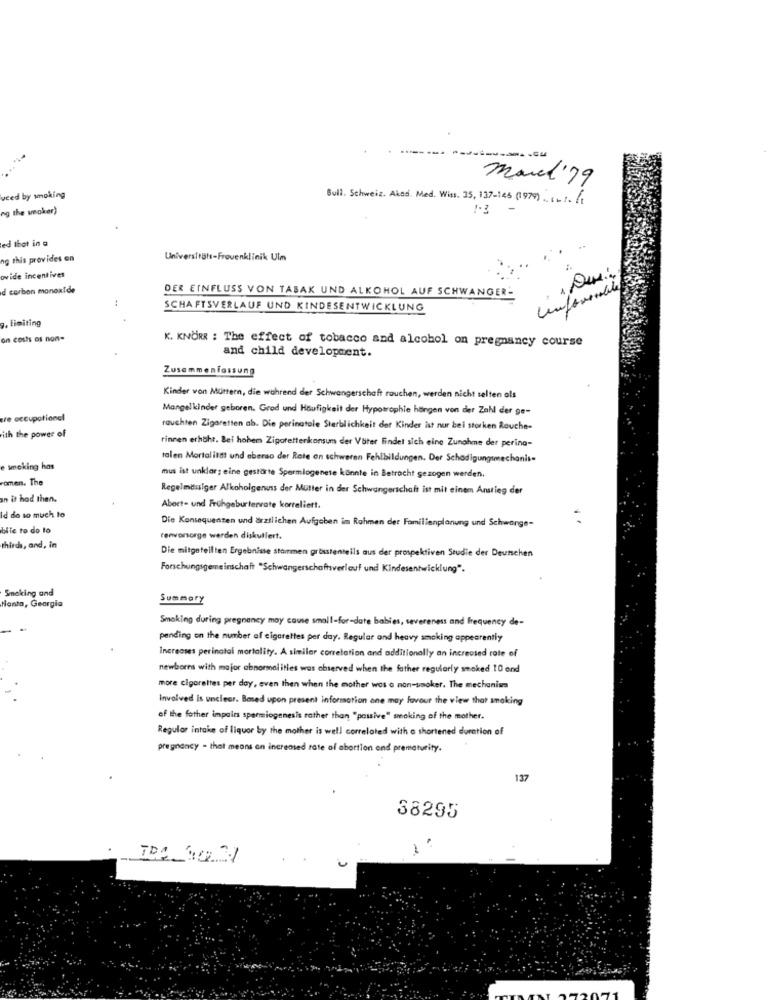
march'79
veed by wnoking
Bull. Schweiz. Akad. Med. Wiss. 35, 137-ies (1979) .. ...
ng the snoker)
1-3
-
ed that in a
ng this provides on
Universitäts-Frovenklinik Uim
ovide incentives
d carbon monoxide
DER EINFLUSS VON TABAK UND ALKOHOL AUF SCHWANGER-
unforenable
SCHAFTSVERLAUF UND KINDESENTWICKLUNG
9. limiting
on costs os non-
K. KNORR : The effect of tobacco and alcohol on pregnancy course
and child development.
Zusammenfassung
Kinder von Müttern, die während der Schwangerschaft rauchen, werden nicht selten als
Mangelkinder geboren. Grad und Häufigkeit der Hypotrophie hängen von der Zahl der ge-
ere occupational
rauchten Zigaretten ab. Die perinatale Sterblichkeit det Kinder ist nur bei storken Rouche-
ith the power of
rinnen erhöht. Bei hohem Zigarettenkonsum der Vater Findet sich eine Zunahme der perina-
talen Mortalitdt und aberso der Rate an schweren Fehlbildungen. Der Schadigungsmechanism
e smoking has
romen. The
mus ist unklar; eine gestärte Spermiogenete könnte in Betracht gezogen werden,
Regelmässiger Alkoholgenuss der Mutter in der Schwangerschaft ist mit einem Anstieg der
an it had then.
Abort- und Frühgeburterrate korreliert.
Id do so much to
Die Konsequenzen und ärztlichen Aufgaben im Rahmen der Familienplanung und Schwange-
bile to do lo
renvorsorge werden diskutiert.
thirds, and, in
Die mitgeteilten Ergebnisse stammen grösstenteils aus der prospektiven Studie der Deunchen
Forschungsgemeinschaft "Schwangerschaftsverlauf und Kindesentwicklung".
Smoking and
Summary
tanta, Georgia
Smoking during pregnancy may cause small-for-date babies, severeness and frequency de-
pending on the number of cigarettes per day. Regular and heavy smoking appearently
Increases perinatal mortality. A similar correlation and additionally an increased rote of
newborns with major abnormalities was observed when the father regularly smoked 10 and
more cigarettes per day, even then when the mother was a non-snoker. The mechanim
Involved Is unclear. Based upon present information one may favour the view that smoking
of the father impairs spermiogenesis rather than "passive" smoking of the mother.
Regular intake of liquor by the mother is well correlated with a shortened duration of
pregnancy - that means an increased rate of abortion and prematurity.
137
38295
1